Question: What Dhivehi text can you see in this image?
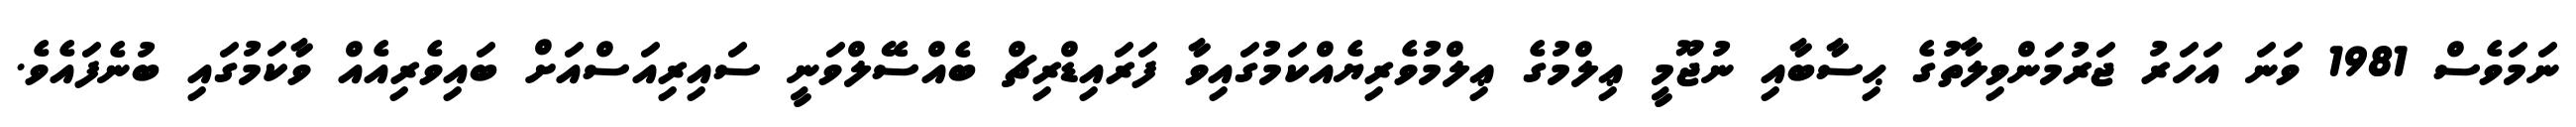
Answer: ނަމަވެސް 1981 ވަނަ އަހަރު ޖަރުމަންވިލާތުގެ ޙިސާބާއި ނުޖޫމީ ޢިލްމުގެ ޢިލްމުވެރިޔެއްކަމުގައިވާ ފަރައިޑްރިޗް ބެއްސޭލްވަނީ ސައިރިއަސްއަށް ބައިވެރިއެއް ވާކަމުގައި ބުނެފައެވެ.